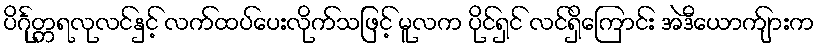
ပိင်္ဂုတ္တရလုလင်နှင့် လက်ထပ်ပေးလိုက်သဖြင့် မူလက ပိုင်ရှင် လင်ရှိကြောင်း အဲဒီယောက်ျားက